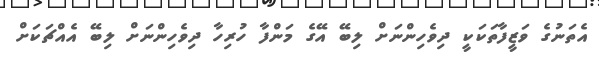
އެތަނުގެ ވަޒީީފާތަކަކީ ދިވެހިންނަށް ލިބޭ އޭގެ މަންފާ ހުރިހާ ދިވެހިންނަށް ލިބޭ އެއްޗަކަށް